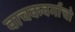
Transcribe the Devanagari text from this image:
वाचकवर्गाचो